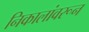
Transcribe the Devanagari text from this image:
निकालांवरून